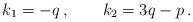
\begin{align*}k_1 = - q \,, \qquad k_2 = 3q - p \,.\end{align*}